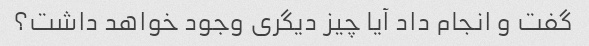
گفت و انجام داد آیا چیز دیگری وجود خواهد داشت؟